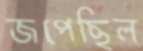
জপেছিল